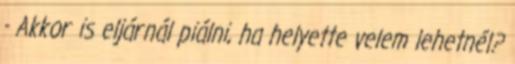
- Akkor is eljárnál piálni, ha helyette velem lehetnél?